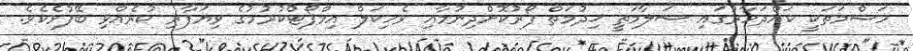
ހަޝްމަތަކީ ކައްދަހާރުގައި ސަލާމަތީ ޚިދުމަތް ފޯރުކޮށްދިނުމާއި ވެހިކަލް އިމްޕޯޓްކުރުމުގެ ވިޔަފާރި ކުރެއްވި ބޭފުޅެކެވެ.